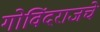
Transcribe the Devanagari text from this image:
गोविंदराजचे